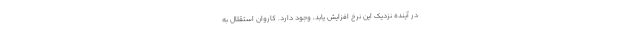
در آینده نزدیک این نرخ افزایش یابد، وجود دارد. کاروان استقلال به